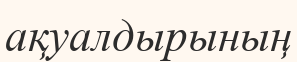
ақуалдырының